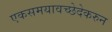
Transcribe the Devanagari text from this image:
एकसमयावच्छेदेकरुन